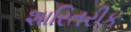
શારિતરીક